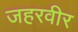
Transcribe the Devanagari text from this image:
जहरवीर